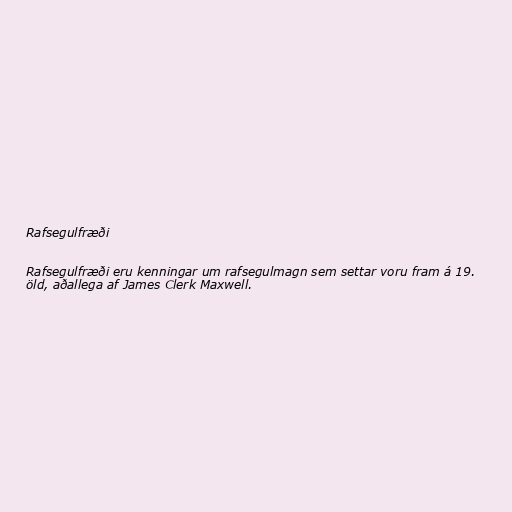
Rafsegulfræði

Rafsegulfræði eru kenningar um rafsegulmagn sem settar voru fram á 19.
öld, aðallega af James Clerk Maxwell.